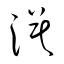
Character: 漠